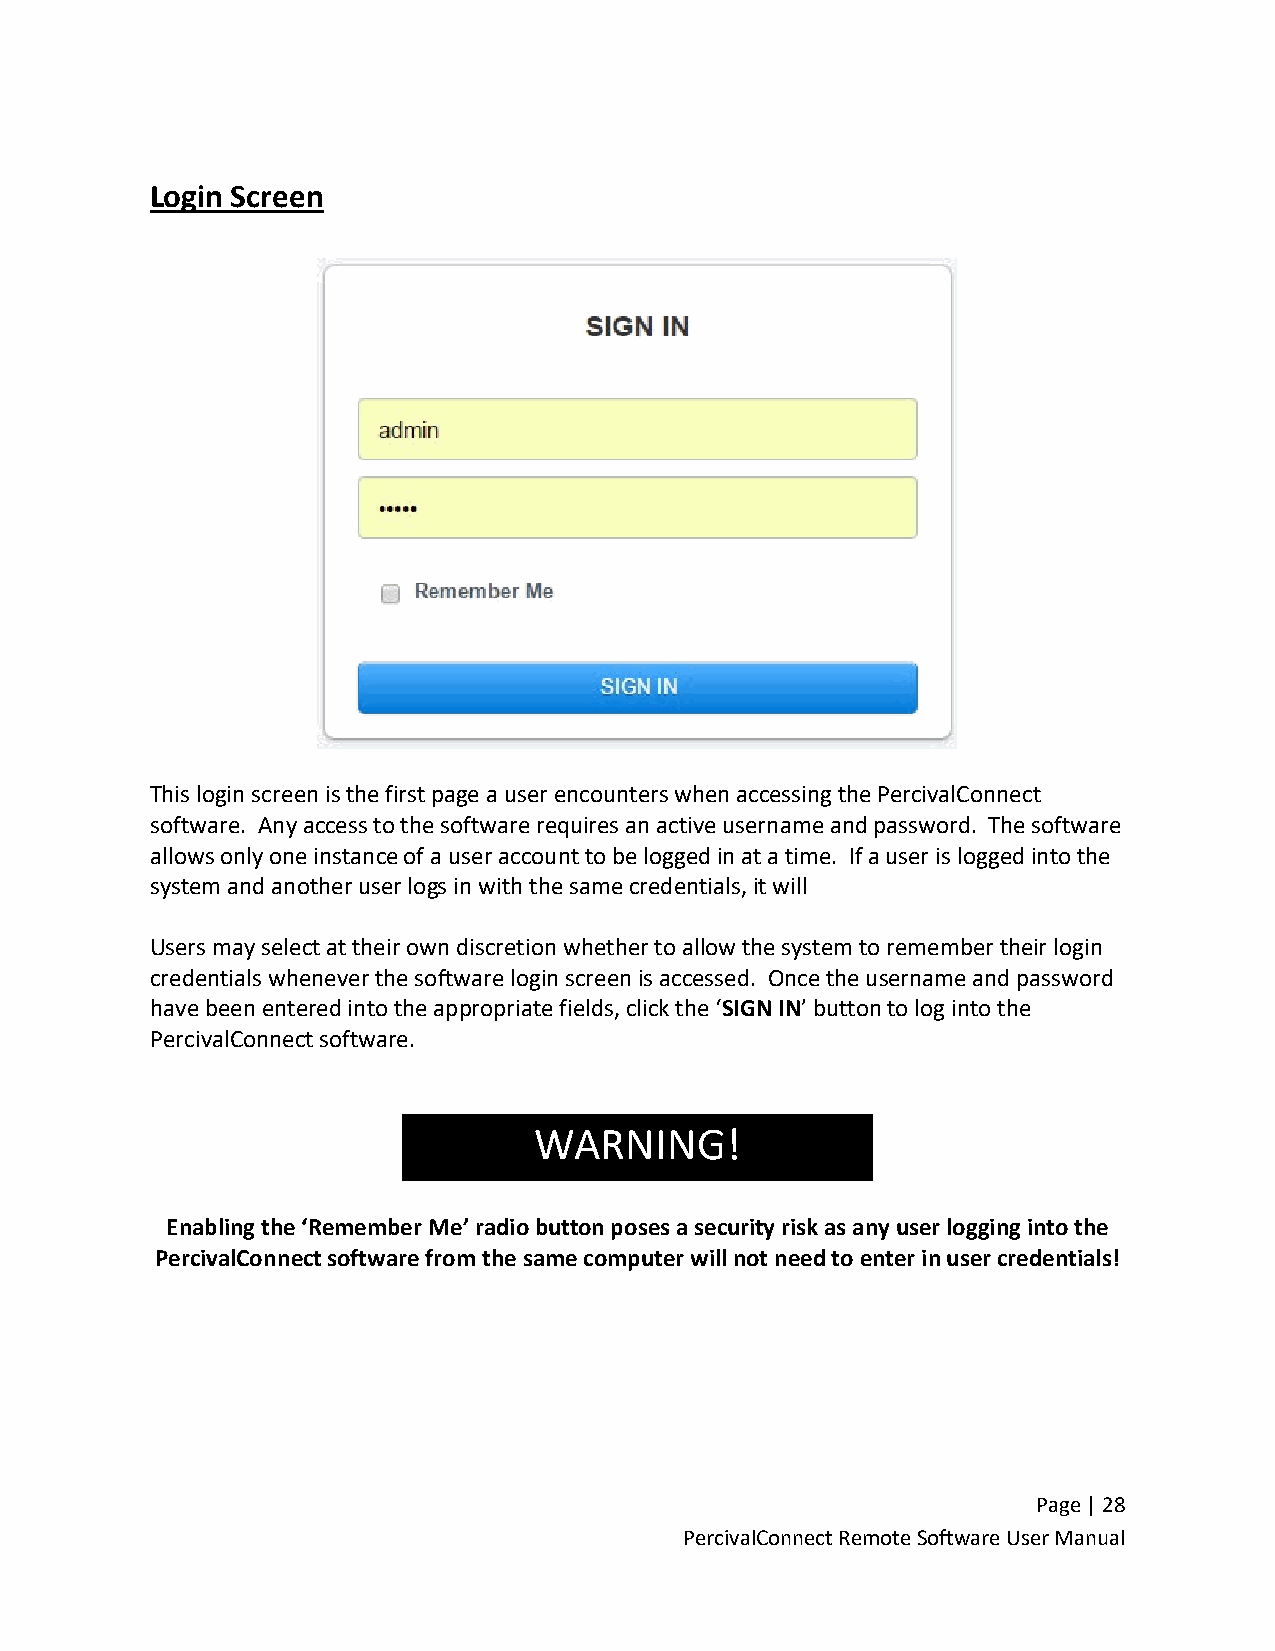
Login Screen
 This login screen is the first page a user encounters when accessing the PercivalConnect
 software. Any access to the software requires an active username and password. The software
 allows only one instance of a user account to be logged in at a time. If a user is logged into the
 system and another user logs in with the same credentials, it will
 Users may select at their own discretion whether to allow the system to remember their login
 credentials whenever the software login screen is accessed. Once the username and password
 have been entered into the appropriate fields, click the ‘SIGN IN’ button to log into the
 PercivalConnect software.
 WARNING!
 Enabling the ‘Remember Me’ radio button poses a security risk as any user logging into the
 PercivalConnect software from the same computer will not need to enter in user credentials!
 Page | 28
 PercivalConnect Remote Software User Manual